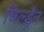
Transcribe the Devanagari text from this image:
चिल्ड्रैन